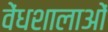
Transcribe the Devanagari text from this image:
वेंधशालाओं